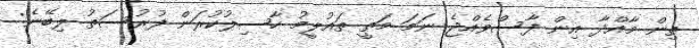
ތިން މާއްދާ އިން ފާސްވެއްޖެ ނަމަ މަތީ ތައުލީމު ހާސިލުކުރަން ފުރުސަތު ލިބޭނެ: